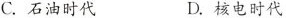
C.石油时代 D.核电时代